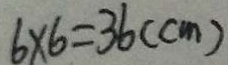
6 \times 6 = 3 6 ( c m )